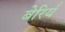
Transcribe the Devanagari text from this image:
बेरियँ